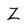
Character: Z